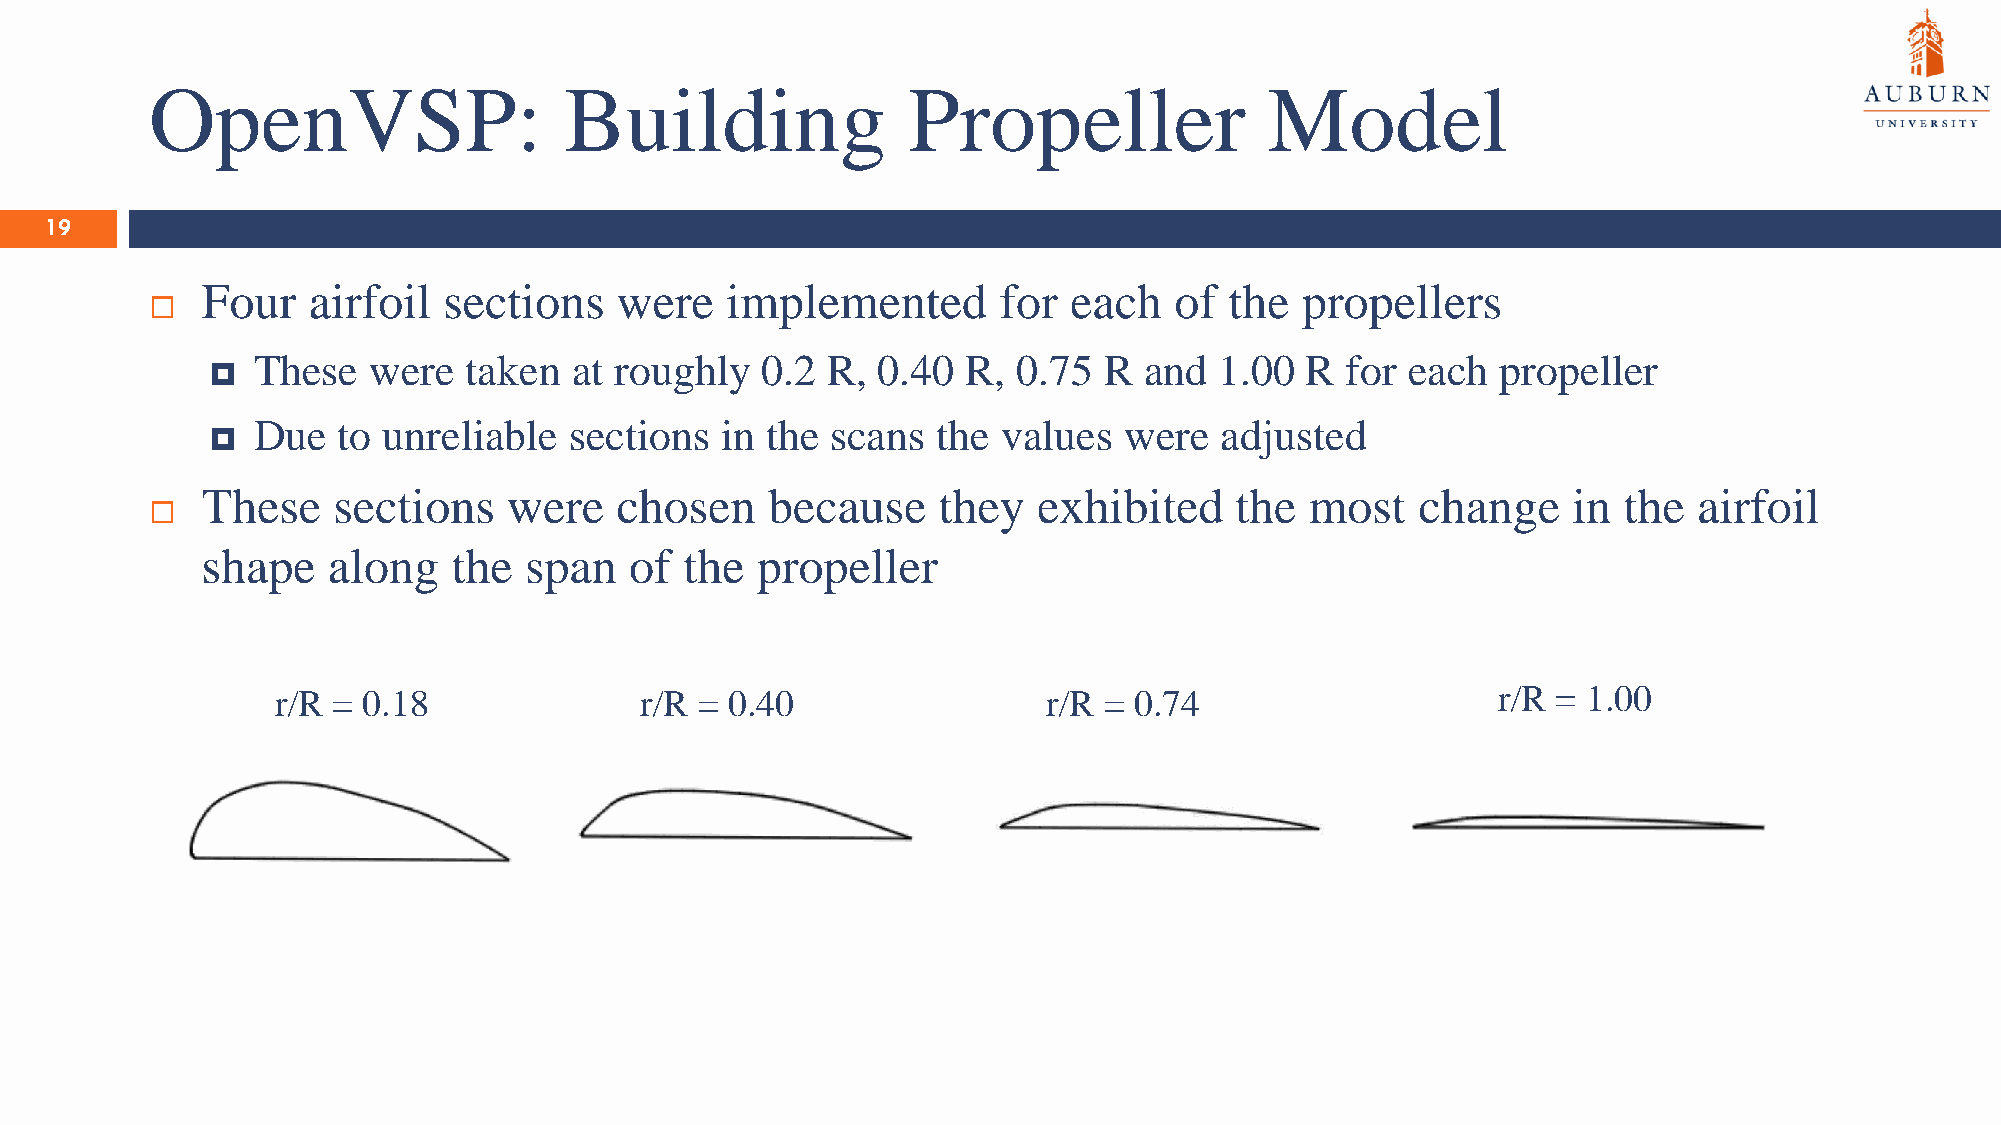
OpenVSP:                   Building               Propeller               Model
 19
 Four   airfoil  sections    were   implemented       for  each   of the  propellers
 
 These  were   taken  at roughly  0.2  R, 0.40  R, 0.75  R  and  1.00 R  for each  propeller
 
 Due  to unreliable   sections  in the scans  the values  were   adjusted
 
 These    sections    were   chosen    because    they   exhibited    the  most   change    in the  airfoil
 
 shape    along   the  span   of the  propeller
 r/R = 0.18              r/R = 0.40                 r/R = 0.74                    r/R = 1.00